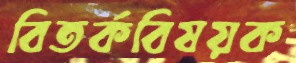
বিতর্কবিষয়ক